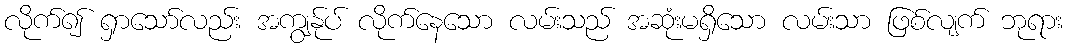
လိုက်၍ ရှာသော်လည်း အကျွန်ုပ် လိုက်နေသော လမ်းသည် အဆုံးမရှိသော လမ်းသာ ဖြစ်လျက် ဘုရား